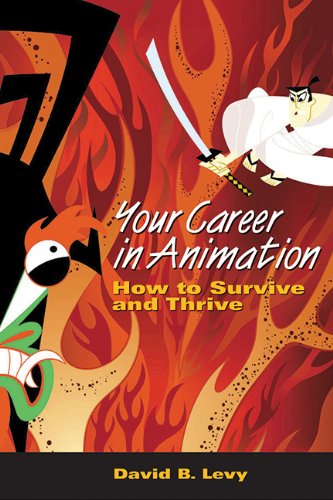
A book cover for Your Career in Animation: How to Survive and Thrive; David B. Levy; Arts & Photography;